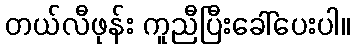
တယ်လီဖုန်း ကူညီပြီးခေါ်ပေးပါ။